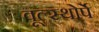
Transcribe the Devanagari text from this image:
वूल्स्थोर्पे